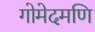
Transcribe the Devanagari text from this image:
गोमेदमणि